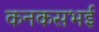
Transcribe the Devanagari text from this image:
कनकसभई